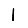
Digit: 1